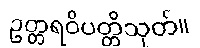
ဥတ္တရဝိပတ္တိသုတ်။